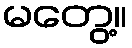
မတွေ့။